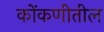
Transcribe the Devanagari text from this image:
कोंकणीतील